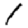
Digit: 1